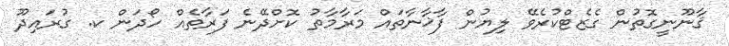
ޤާނޫނީގޮތުން ގެޒެޓްކުރެވޭ ލިޔުން ފާޚާނާތައް މަރާމާތު ކޮށްދޭނެ ފަރާތެއް ހޯދަން ކ. ގުރައިދޫ